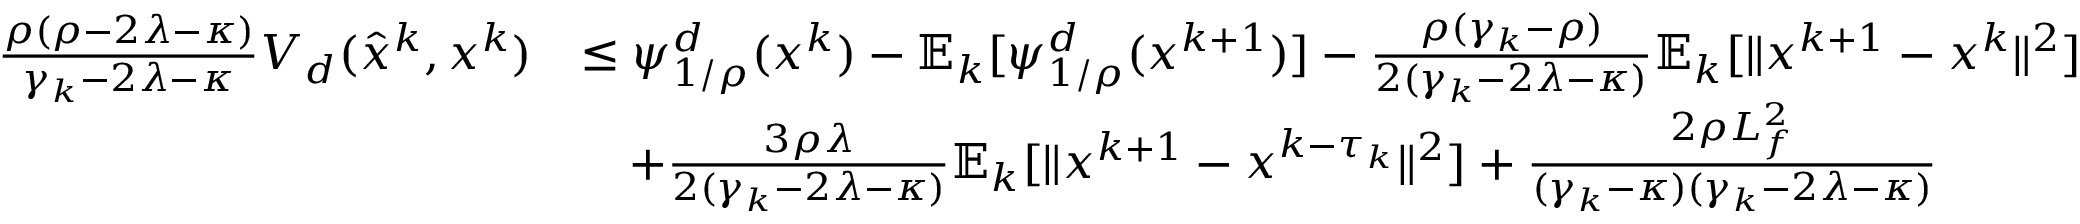
\begin{array} { r l } { \frac { \rho ( \rho - 2 \lambda - \kappa ) } { \gamma _ { k } - 2 \lambda - \kappa } V _ { d } ( \hat { x } ^ { k } , x ^ { k } ) } & { \leq \psi _ { 1 / \rho } ^ { d } ( x ^ { k } ) - \mathbb { E } _ { k } [ \psi _ { 1 / \rho } ^ { d } ( x ^ { k + 1 } ) ] - \frac { \rho ( \gamma _ { k } - \rho ) } { 2 ( \gamma _ { k } - 2 \lambda - \kappa ) } \mathbb { E } _ { k } [ \| x ^ { k + 1 } - x ^ { k } \| ^ { 2 } ] } \\ & { \quad + \frac { 3 \rho \lambda } { 2 ( \gamma _ { k } - 2 \lambda - \kappa ) } \mathbb { E } _ { k } [ \| x ^ { k + 1 } - x ^ { k - \tau _ { k } } \| ^ { 2 } ] + \frac { 2 \rho L _ { f } ^ { 2 } } { ( \gamma _ { k } - \kappa ) ( \gamma _ { k } - 2 \lambda - \kappa ) } } \end{array}